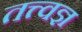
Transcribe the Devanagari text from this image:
तत्त्‍वज्ञ